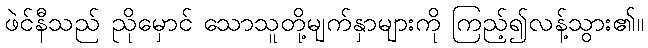
ဖဲင်နီသည် ညိုမှောင် သောသူတို့မျက်နှာများကို ကြည့်၍လန့်သွား၏။